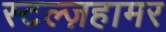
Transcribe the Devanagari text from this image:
स्टल्ज़हामर